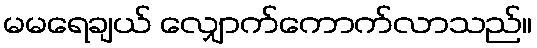
မမရေချယ် လျှောက်ကောက်လာသည်။